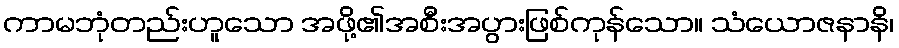
ကာမဘုံတည်းဟူသော အဖို့၏အစီးအပွားဖြစ်ကုန်သော။ သံယောဇနာနိ၊